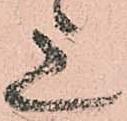
上